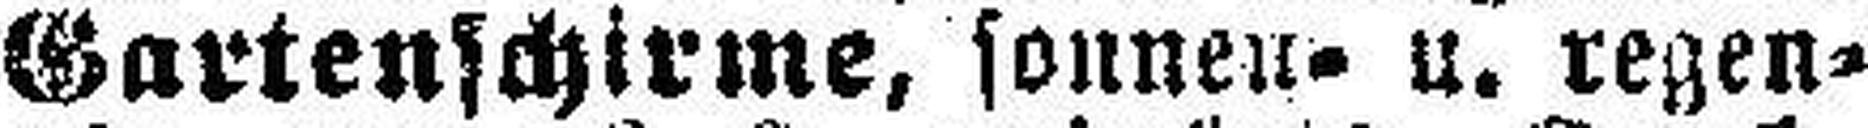
Gartenschirme, sonnen= u. regen¬